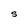
Character: S